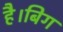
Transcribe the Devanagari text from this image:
है।बिग